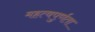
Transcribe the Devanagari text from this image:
महत्वपुर्णता